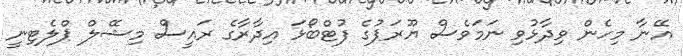
އޭނާ މިހެން ވިދާޅުވި ނަމަވެސް ޔޫރަޕުގެ ފުޓްބޯޅަ އިދާރާގެ ރައީސް މިޝޭލް ޕްލެޓިނީ